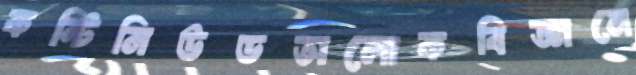
কন্টিনিউডঅলোকবিজ্ঞানে